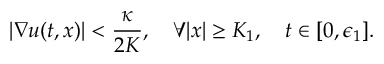
| \nabla u ( t , x ) | < \frac { \kappa } { 2 K } , \quad \forall | x | \geq K _ { 1 } , \quad t \in [ 0 , \epsilon _ { 1 } ] .